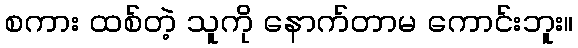
စကား ထစ်တဲ့ သူကို နောက်တာမ ကောင်းဘူး။